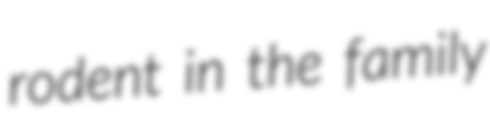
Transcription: rodent in the family